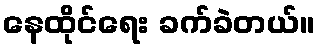
နေထိုင်ရေး ခက်ခဲတယ်။